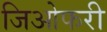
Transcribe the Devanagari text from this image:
जिओफरी